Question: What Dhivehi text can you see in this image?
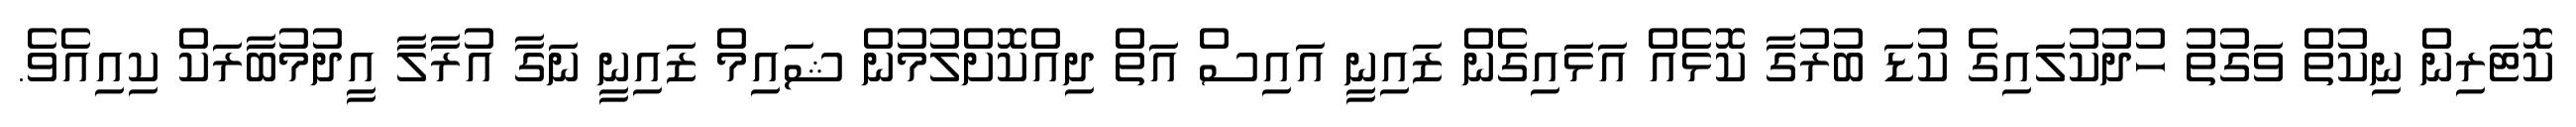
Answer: ކޮޓަރިން ނިކުތް ވަގުތު ހުދުކުލައިގެ ކުޑަ ބުރުގާ ކޮޅެއް އަޅައިގެން ޒައިނީ އައިސް އަތް ދިއްކޮށްލުމުން ޝައިމް ޒައިނީ ނަގާ އުރާލާ އީދުމުބާރަކް ކިއިއެވެ.